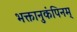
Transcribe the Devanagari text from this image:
भक्तानुकंपिनम्